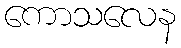
ကောသလေန